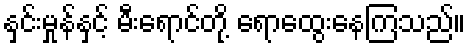
နှင်းမှုန်နှင့် မီးရောင်တို့ ရောထွေးနေကြသည်။